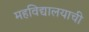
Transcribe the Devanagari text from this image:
महविद्यालयाची